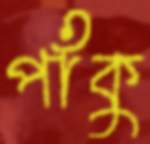
পাঁকু